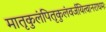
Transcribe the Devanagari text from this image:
मातृकुलंपितृकुलंवर्जयित्वानराधमः